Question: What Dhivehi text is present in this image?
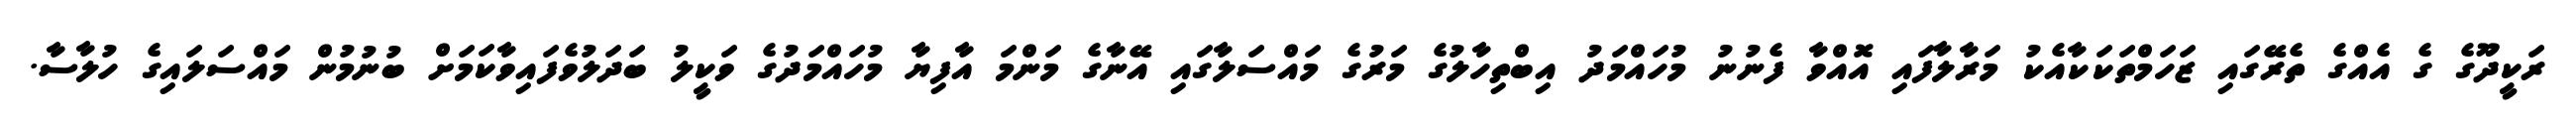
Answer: ރަކީދޫގެ ގެ އެއްގެ ތެރޭގައި ޒަހަމްތަކަކާއެކު މަރާލާފައި އޮއްވާ ފެނުނު މުހައްމަދު އިބްތިހާލުގެ މަރުގެ މައްސަލާގައި އޭނާގެ މަންމަ އާފިޔާ މުހައްމަދުގެ ވަކީލު ބަދަލުވެފައިވާކަމަށް ބުނުމުން މައްސަލައިގެ ހުލާސާ.